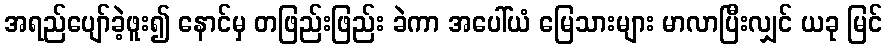
အရည်ပျော်ခဲ့ဖူး၍ နောင်မှ တဖြည်းဖြည်း ခဲကာ အပေါ်ယံ မြေသားများ မာလာပြီးလျှင် ယခု မြင်